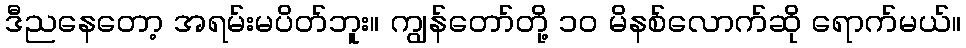
ဒီညနေတော့ အရမ်းမပိတ်ဘူး။ ကျွန်တော်တို့ ၁၀ မိနစ်လောက်ဆို ရောက်မယ်။